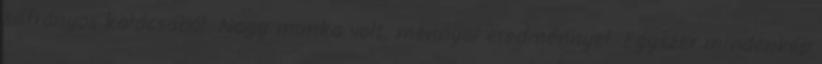
sáfrányos kalácsából. Nagy munka volt, mennyei eredménnyel. Egyszer mindenkép